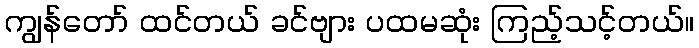
ကျွန်တော် ထင်တယ် ခင်ဗျား ပထမဆုံး ကြည့်သင့်တယ်။